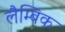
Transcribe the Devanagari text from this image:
लैम्बिक